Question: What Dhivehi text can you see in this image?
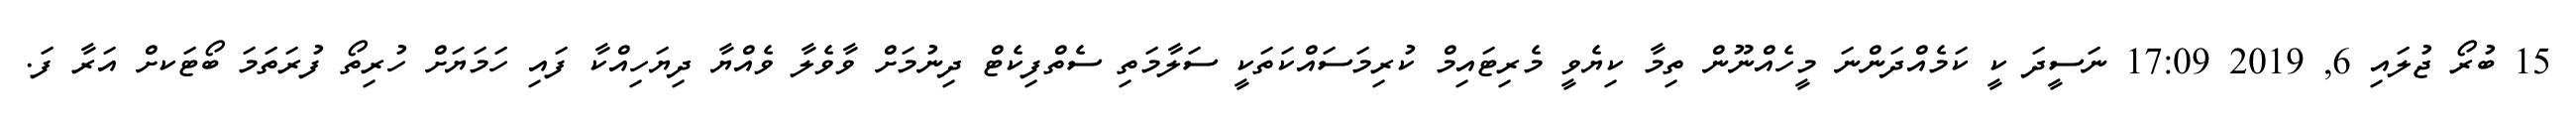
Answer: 15 ބުރޯ ޖުލައި 6, 2019 17:09 ނަސީދަ ކީ ކަމެއްދަންނަ މީހެއްނޫން ތިމާ ކިޔެވީ މެރިޓައިމް ކުރިމަސައްކަތަކީ ސަލާމަތި ސެތްފިކެޓް ދިނުމަށް ވާވެލާ ވެއްޔާ ދިޔަހިއްކާ ފައި ހަމަޔަށް ހުރިތޯ ފުރަތަމަ ބޯޓަކށް އަރާ ފަ.